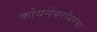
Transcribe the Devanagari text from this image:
कोयनेबरोबरच